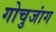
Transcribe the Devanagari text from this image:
गोचुजांग